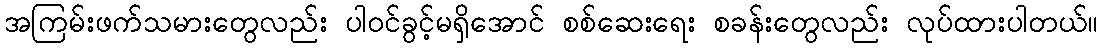
အကြမ်းဖက်သမားတွေလည်း ပါဝင်ခွင့်မရှိအောင် စစ်ဆေးရေး စခန်းတွေလည်း လုပ်ထားပါတယ်။